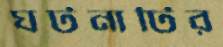
ঘটনাটির